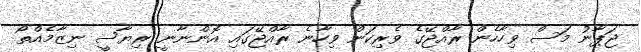
ޖަޕާނު މަސް ވިހާހެން ރާއްޖޭގެ ވެރިކަން ވިހާނެ ރާއްޖޭގައި އޮންނާނީ ރިޔާސީ ނިޒާމެއްތޯ